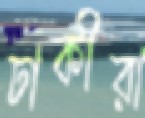
ঢাকীরা